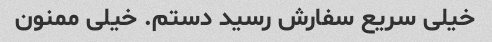
خیلی سریع سفارش رسید دستم. خیلی ممنون